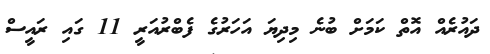
ދައުރެއް އޮތް ކަމަށް ބުނެ މިދިޔަ އަހަރުގެ ފެބްރުއަރީ 11 ގައި ރައީސް